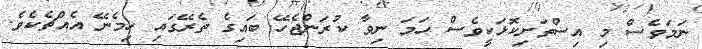
ނަމަވެސް މި އިސްތަށިކޮޅަކީވެސް ހަމަ ނިވާ ކުރަންޖެހޭ ބައިގެ ތެރޭގައި ހިމެނޭ އެއްޗެކެވެ.